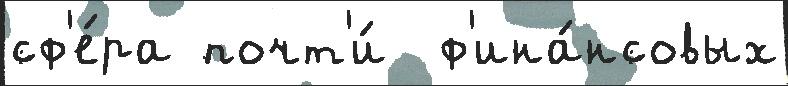
сф'е́ра почт'и́  ф'ина́нсовых